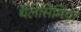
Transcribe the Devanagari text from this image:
थेलेसिमिया